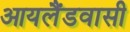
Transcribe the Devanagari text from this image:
आयलैंडवासी